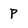
Character: p